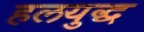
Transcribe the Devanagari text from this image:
हलयुद्ध